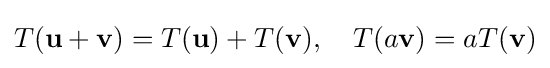
T(\mathbf {u} +\mathbf {v} )=T(\mathbf {u} )+T(\mathbf {v} ),\quad T(a\mathbf {v} )=aT(\mathbf {v} )